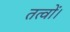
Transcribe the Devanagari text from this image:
तत्वों।